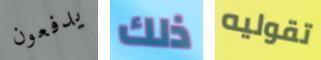
يدفعون ذلك تقوليه